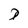
Character: D